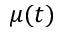
\mu ( t )